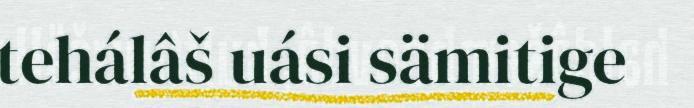
tehálâš uási sämitige